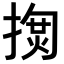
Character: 𢱳